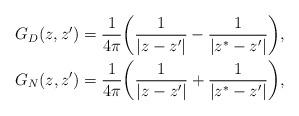
LaTeX: \begin{align*} G_D(z,z') = \frac{1}{4\pi} \bigg( \frac{1}{|z - z'|} - \frac{1}{|z^* - z'|}\bigg),\\ G_N(z,z') = \frac{1}{4\pi} \bigg( \frac{1}{|z-z'|} + \frac{1}{|z^*-z'|}\bigg), \end{align*}